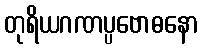
တုရိယဂဏပ္ပဗောဓနော